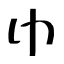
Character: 巾